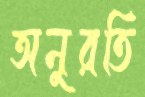
অনুরতি